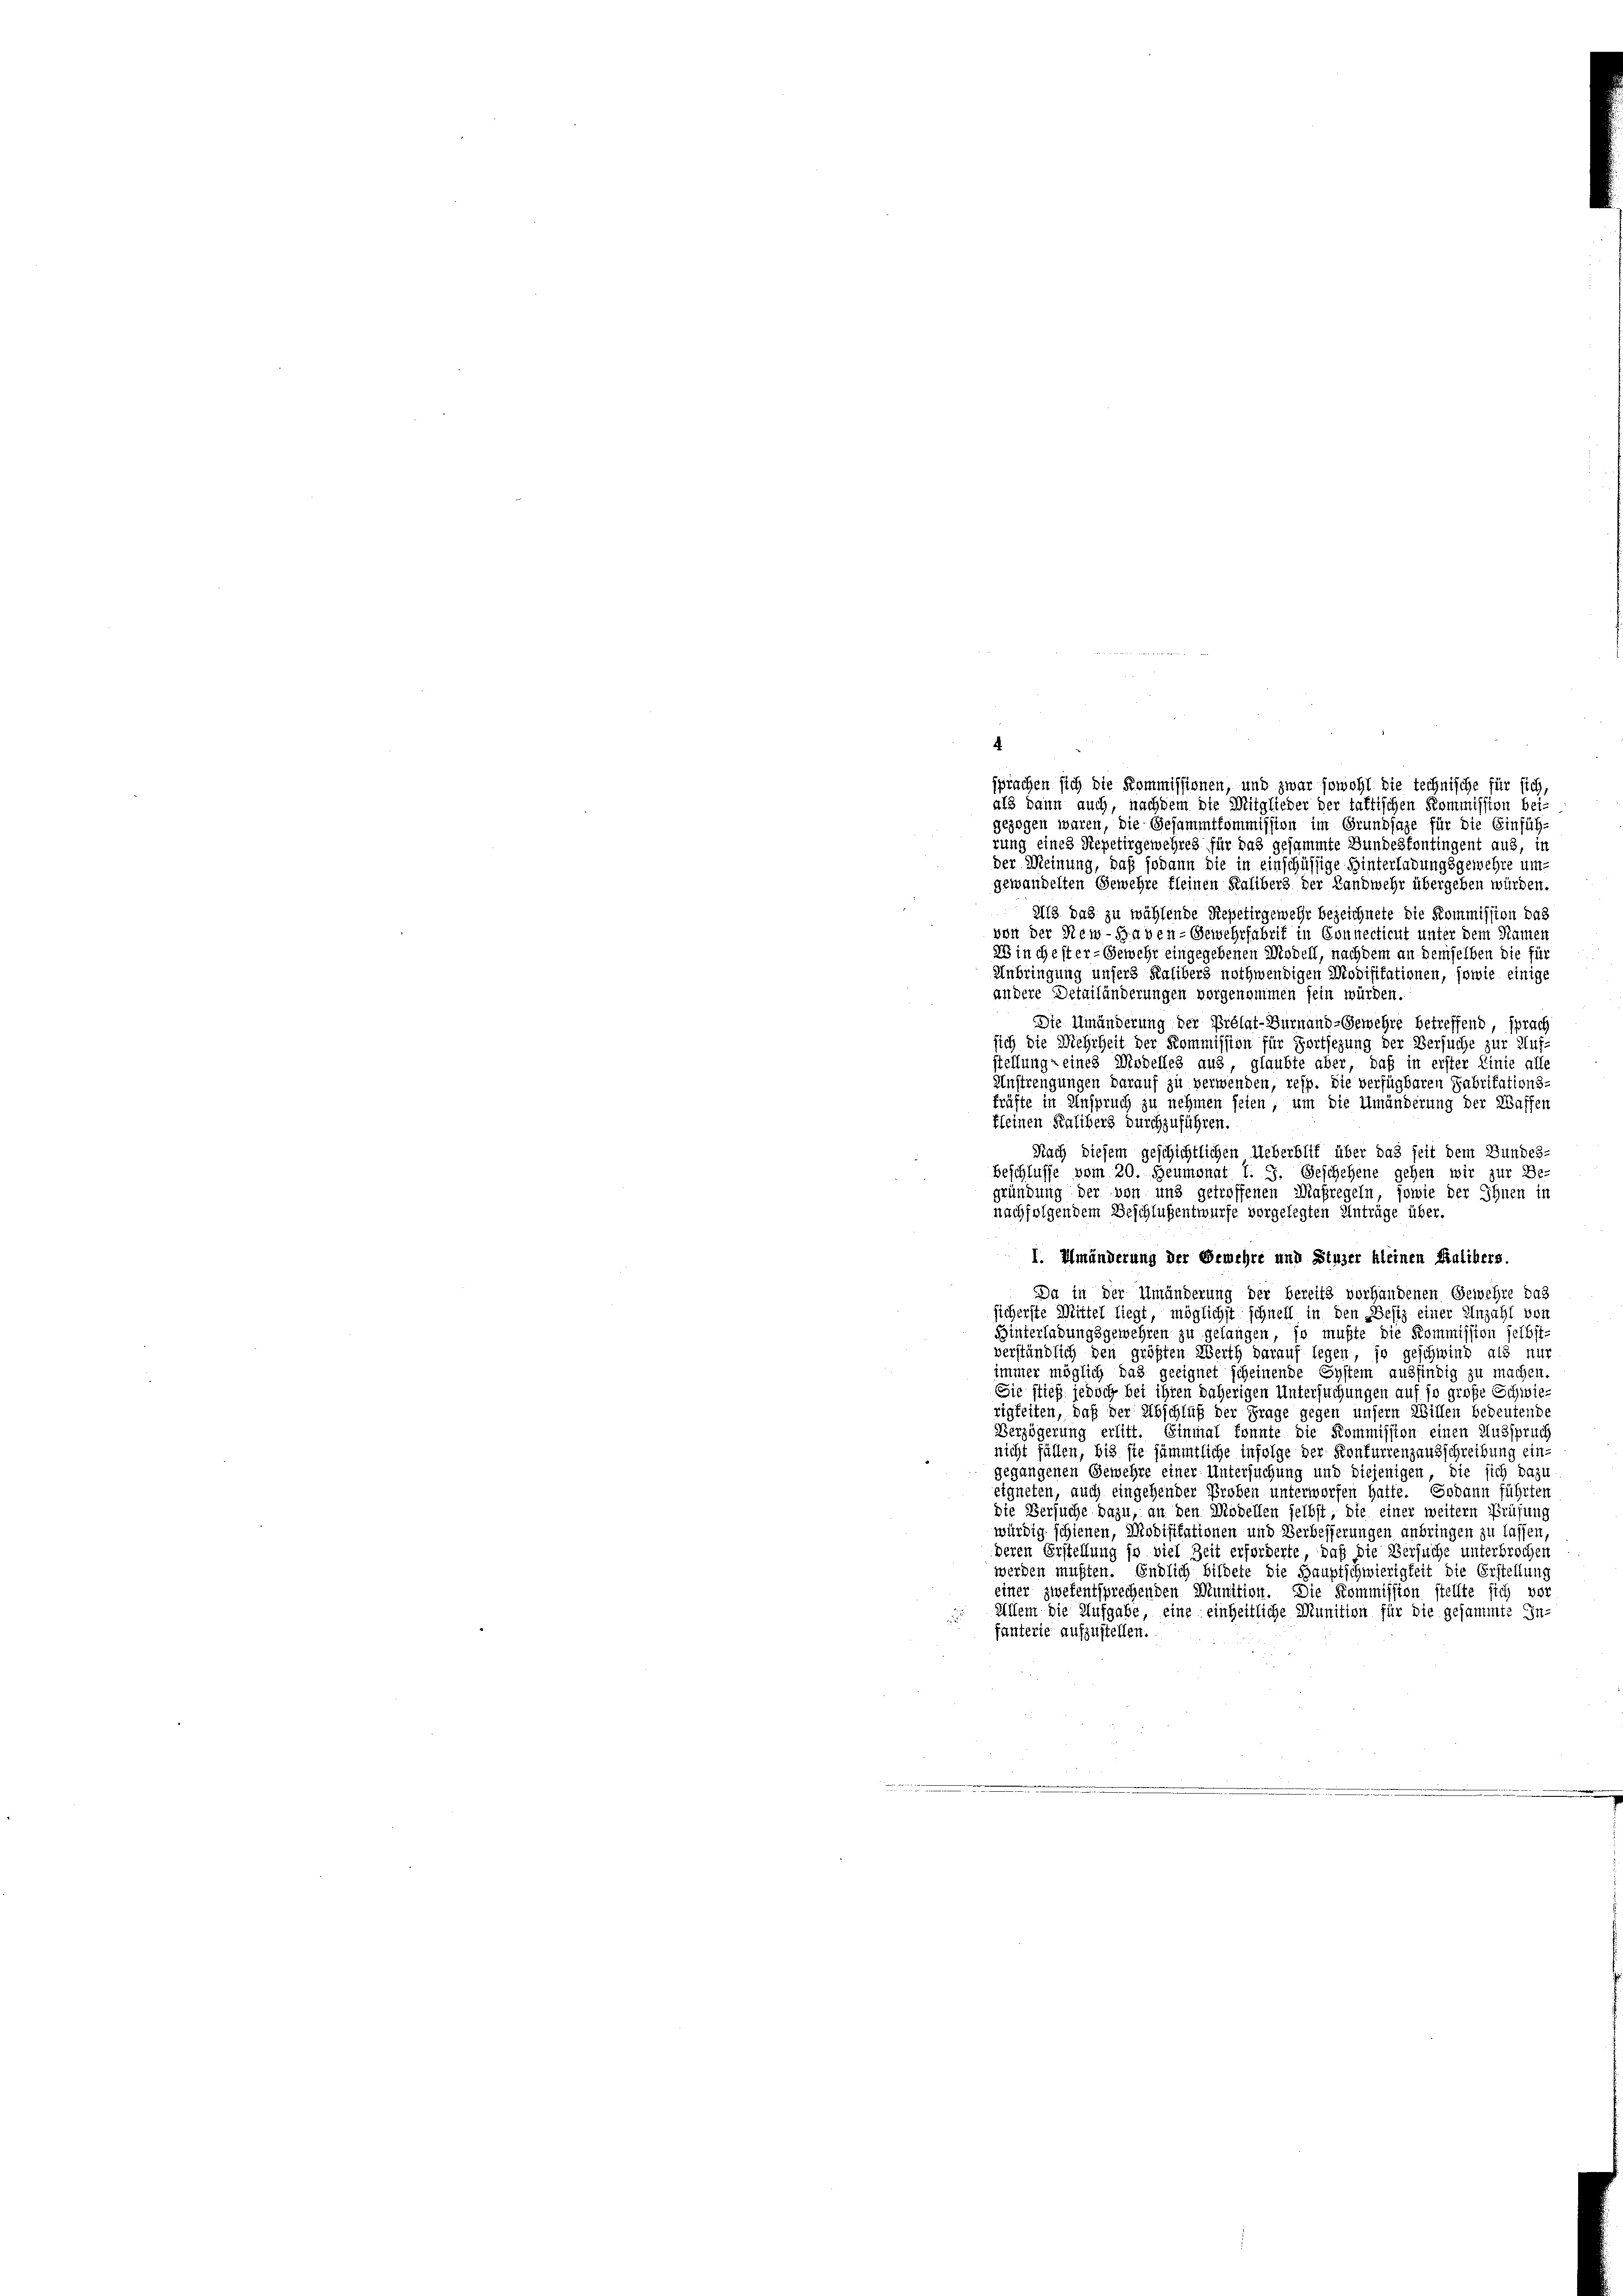
4

sprachen sich die Kommissionen, und zwar sowohl die technische für sich
als dann auch, nachdem die Mitglieder der taktischen Kommission bei-
gezogen waren, die Gesammtkommission im Grundsaze für die Einfüh-
rung eines Repetirgewehres für das gesammte Bundestontingent aus, in
der Meinung, daß sodann die in einschüssige Hinterladungsgemehre um-
gewandelten Gewehre fleinen Kaliberg der Landwehr übergeben würden.
A13 das zu wählende Repetirgewehr bezeichnete die Kommission das
2
von der New-Haben-Gewehrfabrik in Sonnecticut unter dem Namen
as in ehester- Gewehr eingegebenen Modell, nachdem an demselben die für
Anbringung unsers Kalibers nothwendigen Modifikationen, sowie einige
andere Detailänderungen vorgenommen sein würden.
Die Umänderung der Prélat-Turnand-Gewehre betreffend, sprach
sich die Wiehrheit der Kommission für Fortsezung der Versuche zur Auf-
stellung eines Modelles aus, glaubte aber, daß in erster Linie alle
Anstrengungen darauf zu verwenden, resp. Sie verfügbaren Fabritations-
fräfte in Anspruch zu nehmen seien, um die Umänderung der Waffen
kleinen Kaliberg durchzuführen.
Nach diesem geschichtlichen Ueberblif über das seit dem Bundes-
beschlusse vom 20. Heumonat J. J. Geschehene gehen wir zur Be-
gründung der von und getroffenen Maßregeln, sowie der Ihnen in
nachfolgendem Beschlußentwurfe vorgelegten Anträge über.
I. Umänderung der Gemehre und Stuzer kleinen Halibers.
Da in der Umänderung der bereits vorhandenen Gewehre das
sicherste Mittel liegt, möglichst schnell in den Besiz einer Anzahl von
Hinterladungsgewehren zu gelangen, so mußte die Kommission selbst-
verständlich den größten Werth darauf legen, so geschwind als nur
immer möglich das geeignet scheinende System ausfindig zu machen.
Sie stieß jedoch bei ihren daherigen Untersuchungen auf so große Schwierigkeiten, daß der Abschluß der Frage gegen unsern Willen bedeutende
Verzögerung erlitt. Einmal konnte die Kommission einen Ausspruch
nicht fällen, bis sie sämmtliche infolge der Konfurrenzausschreibung ein-
gegangenen Gemehre einer Untersuchung und diejenigen, die sich dazu
eigneten, auch eingehender Proben unterworfen hatte. Sodann führten
die Versuche dazu, an den Modellen selbst, die einer weitern Prüfung
würdig schienen, Modifikationen und Verbesserungen anbringen zu lassen,
deren Erstellung so viel Zeit erforderte, daß die Versuche unterbrochen
werden mußten. Endlich bildete die Hauptschwierigkeit die Erstellung
einer zwekentsprechenden Munition. Die Kommission stellte sich vor
Allem die Aufgabe, eine einheitliche Munition für die gesammte In-
fanterie aufzustellen.